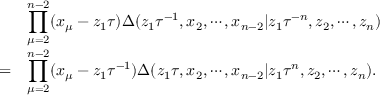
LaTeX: \begin{array} { c l } { { } } & { { \displaystyle \prod _ { \mu = 2 } ^ { n - 2 } ( x _ { \mu } - z _ { 1 } \tau ) \Delta ( z _ { 1 } \tau ^ { - 1 } , x _ { 2 } , \cdots , x _ { n - 2 } | z _ { 1 } \tau ^ { - n } , z _ { 2 } , \cdots , z _ { n } ) } } \\ { { = } } & { { \displaystyle \prod _ { \mu = 2 } ^ { n - 2 } ( x _ { \mu } - z _ { 1 } \tau ^ { - 1 } ) \Delta ( z _ { 1 } \tau , x _ { 2 } , \cdots , x _ { n - 2 } | z _ { 1 } \tau ^ { n } , z _ { 2 } , \cdots , z _ { n } ) . } } \end{array}